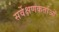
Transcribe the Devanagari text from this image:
सर्वेक्षणकर्ताओं